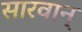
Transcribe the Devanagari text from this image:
सारवान्‌